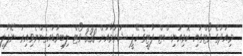
މިއަދުގެ ވޯޓްގައި ކޮމިއުނިސްޓް ޕާޓީގެ ކޭޕީ ޝަރުމާއަށް 338 ވޯޓް ލިބިވަޑައިގެންނެވިއިރު ނޭޕާލީ